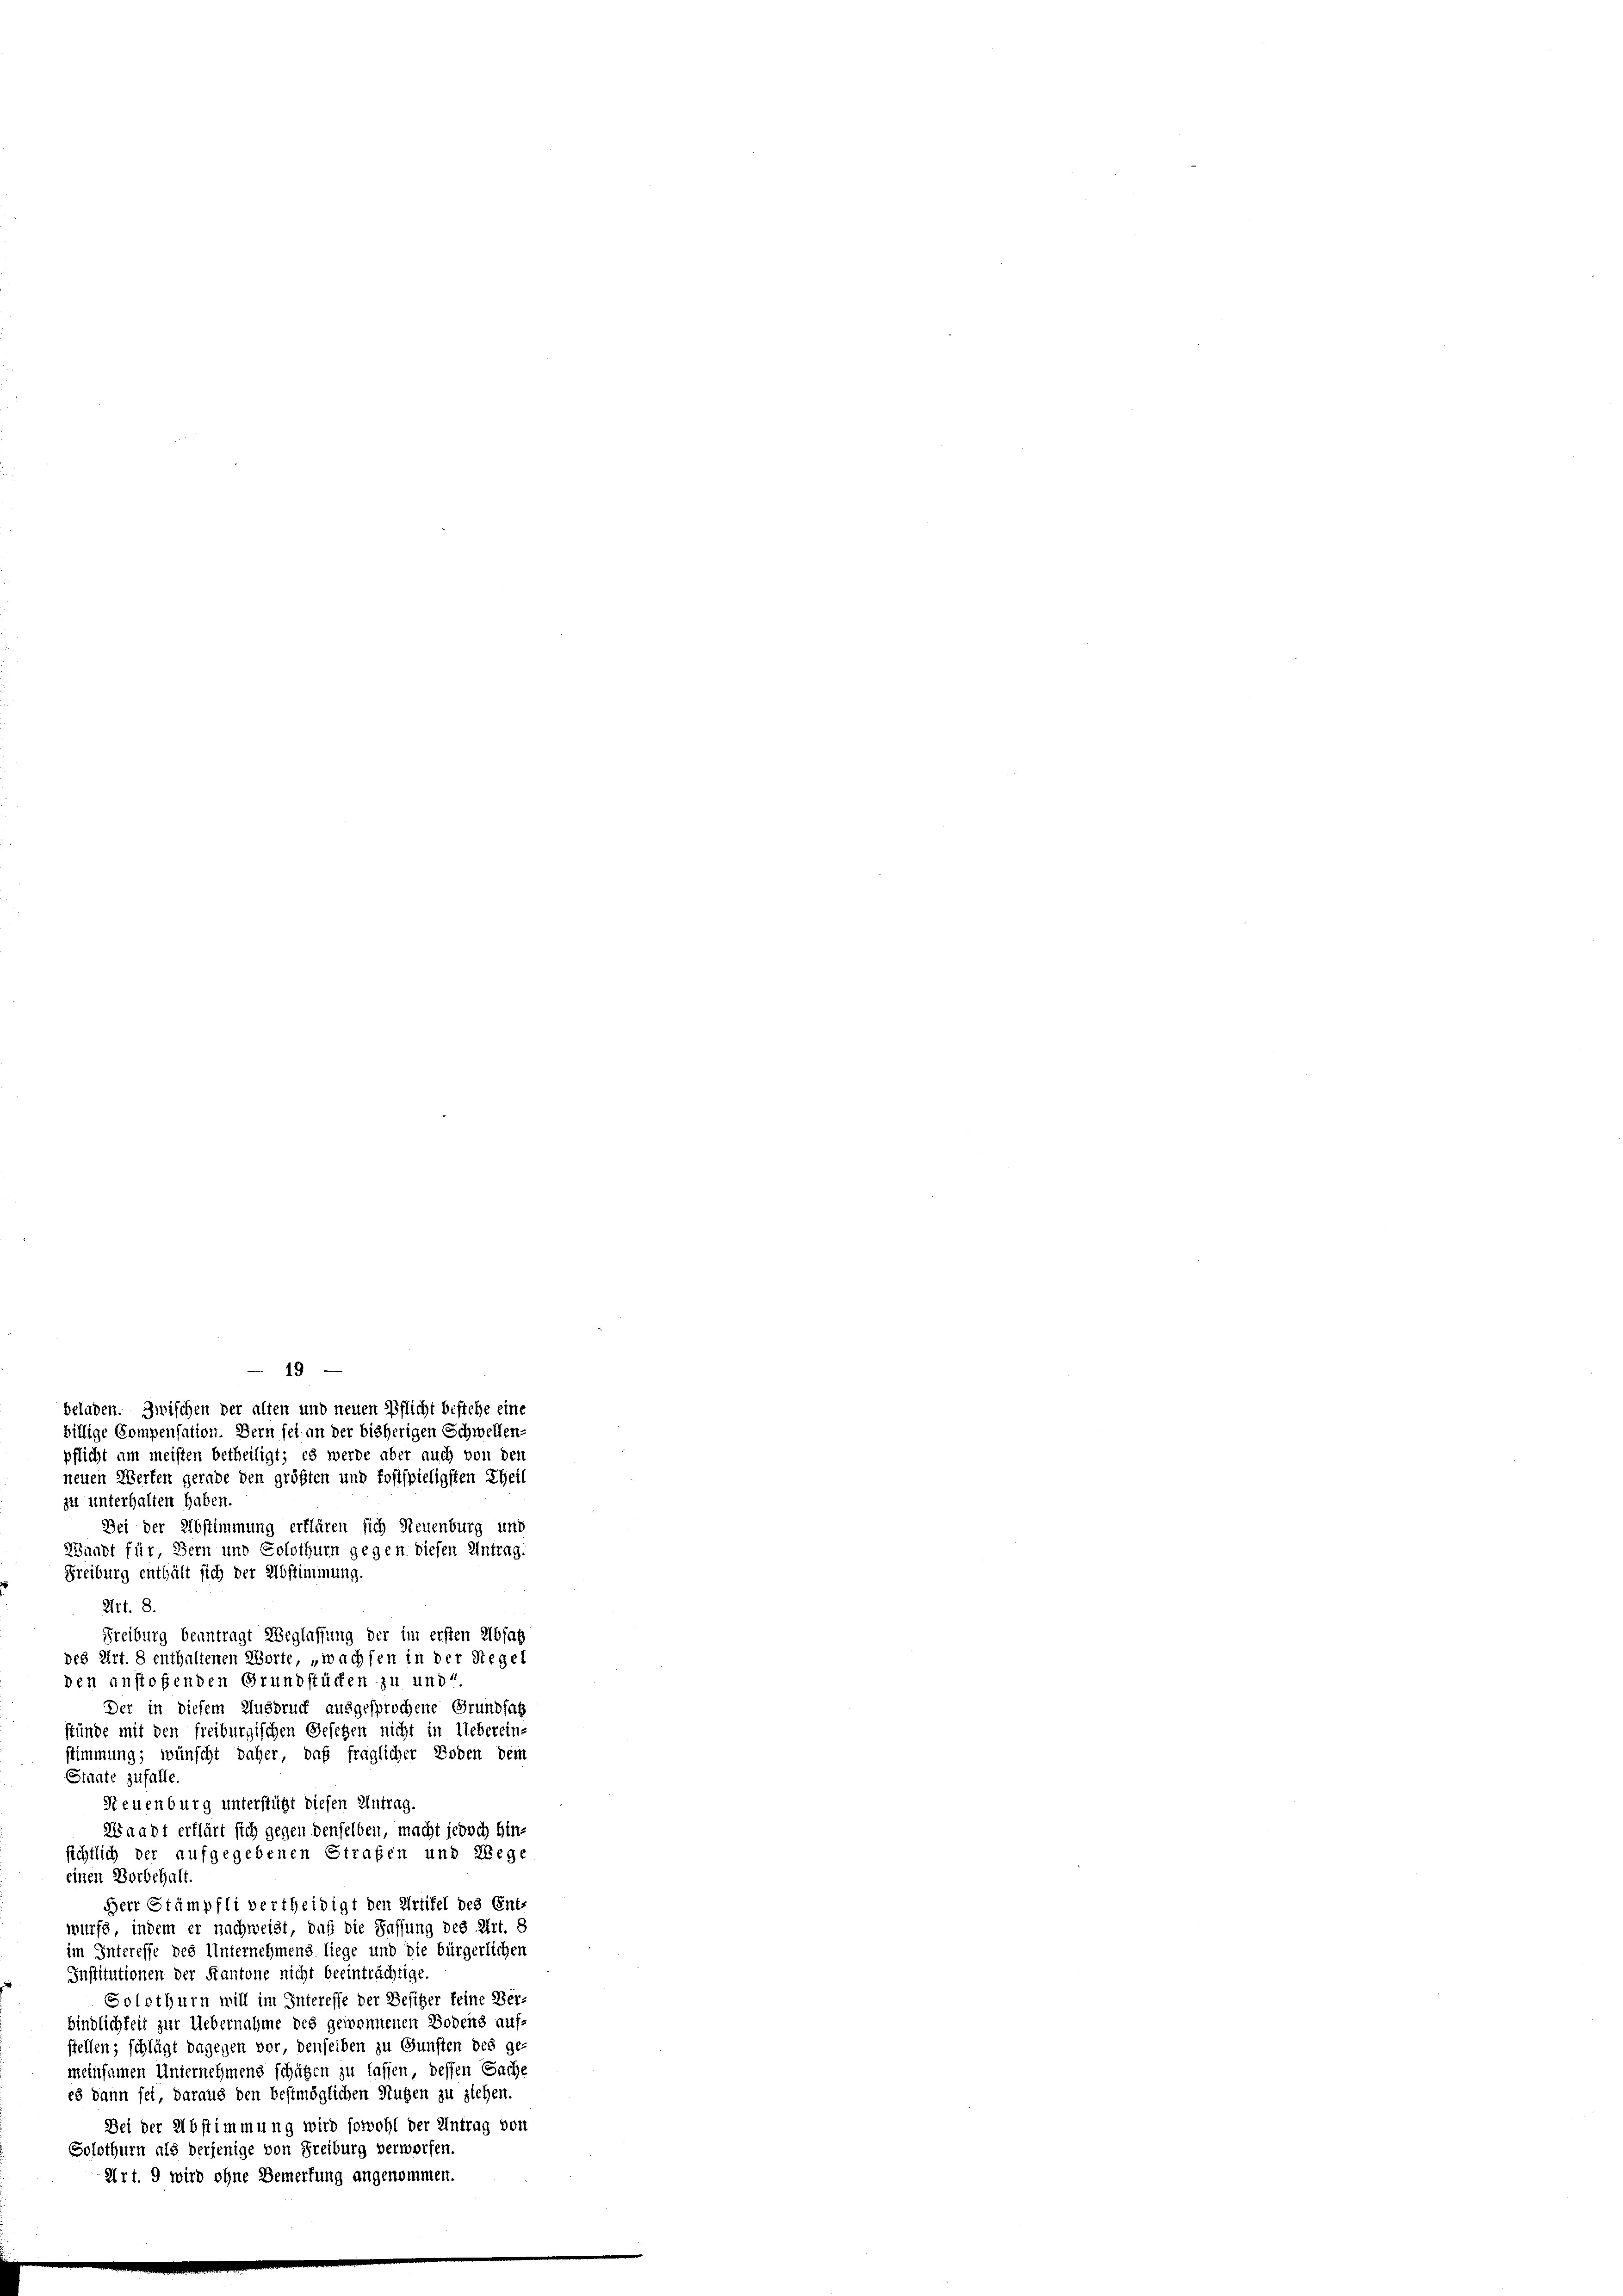
19
beladen. Zwischen der alten und neuen Pflicht bestehe eine
billige Compensation. Bern sei an der bisherigen Schwellen-
pflicht am meisten betheiligt; es werde aber auch von den
neuen Werten gerade den größten und kostspieligsten Theil
zu unterhalten haben.
Bei der Abstimmung erklären sich Neuenburg und
Waadt für Bern und Solothurn gegen diesen Antrag.
Freiburg enthält sich der Abstimmung.
Art. 8.
Freiburg beantragt Weglassung der im ersten Absat
des Art. 8 enthaltenen Worte, „wachsen in der Siegel
den anstoßenden Grundstücken zu und
Der in diesem Ausdruck ausgesprochene Grundsat
stünde mit den freiburgischen Gesetzen nicht in Uebereins
stimmung; wünscht daher, daß fraglicher Boden dem
Stante zufalle.
Steuenburg unterstützt diesen Antrag.
Waadt erklärt sich gegen denselben, macht jedoch hin-
sichtlich der aufgegebenen Strafen und Wege
einen Vorbehalt.
Herr Stämpfli vertheidigt den Artifel des Ent-
wurfe, indem er nachweist, daß die Fassung des Art. 8
im Interesse des Unternehmens liege und die bürgerlichen
Institutionen der Kantone nicht beeinträchtige.
Solothurn will im Interesse der Besiger keine Ver-
bindlichkeit zur Uebernahme des gewonnenen Bodens auf
stellen; schlägt dagegen vor, denselben zu Gunsten des gemeinsamen Unternehmens schätzen zu lassen, dessen Sache
es dann sei, daraus den bestmöglichen Nuzen zu ziehen.
Bei der Abstimmung wird sowohl der Antrag vor
Solothurn als derjenige von Freiburg verworfen.
Art. 9 wird ohne Bemerkung angenommen.